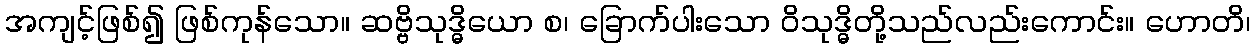
အကျင့်ဖြစ်၍ ဖြစ်ကုန်သော။ ဆဗ္ဗိသုဒ္ဓိယော စ၊ ခြောက်ပါးသော ဝိသုဒ္ဓိတို့သည်လည်းကောင်း။ ဟောတိ၊